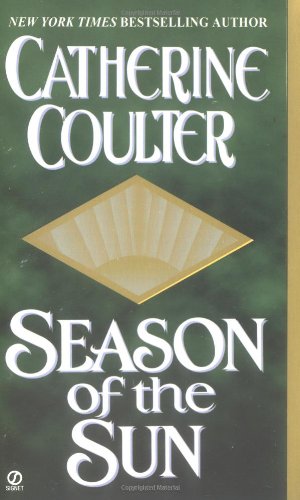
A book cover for Season of the Sun (Viking Novels); Catherine Coulter; Romance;